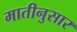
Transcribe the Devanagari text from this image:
मातीनुसार